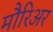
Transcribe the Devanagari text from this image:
मौरिअर